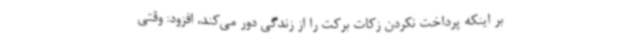
بر اینکه پرداخت نکردن زکات برکت را از زندگی دور می‌کند، افزود: وقتی